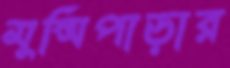
মুন্সিপাড়ার